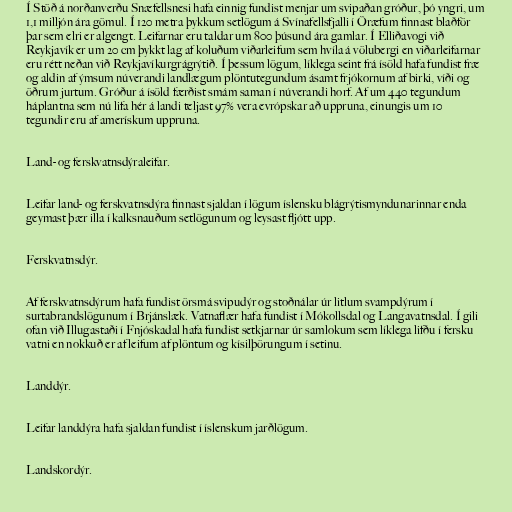
Í Stöð á norðanverðu Snæfellsnesi hafa einnig fundist menjar um svipaðan gróður, þó yngri, um
1,1 milljón ára gömul. Í 120 metra þykkum setlögum á Svínafellsfjalli í Öræfum finnast blaðför
þar sem elri er algengt. Leifarnar eru taldar um 800 þúsund ára gamlar. Í Elliðavogi við
Reykjavík er um 20 cm þykkt lag af koluðum viðarleifum sem hvíla á völubergi en viðarleifarnar
eru rétt neðan við Reykjavíkurgrágrýtið. Í þessum lögum, líklega seint frá ísöld hafa fundist fræ
og aldin af ýmsum núverandi landlægum plöntutegundum ásamt frjókornum af birki, víði og
öðrum jurtum. Gróður á ísöld færðist smám saman í núverandi horf. Af um 440 tegundum
háplantna sem nú lifa hér á landi teljast 97% vera evrópskar að uppruna, einungis um 10
tegundir eru af amerískum uppruna.

Land- og ferskvatnsdýraleifar.

Leifar land- og ferskvatnsdýra finnast sjaldan í lögum íslensku blágrýtismyndunarinnar enda
geymast þær illa í kalksnauðum setlögunum og leysast fljótt upp.

Ferskvatnsdýr.

Af ferskvatnsdýrum hafa fundist örsmá svipudýr og stoðnálar úr litlum svampdýrum í
surtabrandslögunum í Brjánslæk. Vatnaflær hafa fundist í Mókollsdal og Langavatnsdal. Í gili
ofan við Illugastaði í Fnjóskadal hafa fundist setkjarnar úr samlokum sem líklega lifðu í fersku
vatni en nokkuð er af leifum af plöntum og kísilþörungum í setinu.

Landdýr.

Leifar landdýra hafa sjaldan fundist í íslenskum jarðlögum.

Landskordýr.